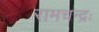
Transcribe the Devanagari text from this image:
रामचन्द्रः